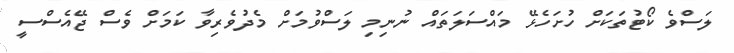
ލަސްވެ ކޯޓުތަކަށް ހުށަހެޅޭ މައްސަލަތައް ނުނިމި ލަސްވުމަށް މެދުވެރިވާ ކަމަށް ވެސް ޖޭއެސްސީ